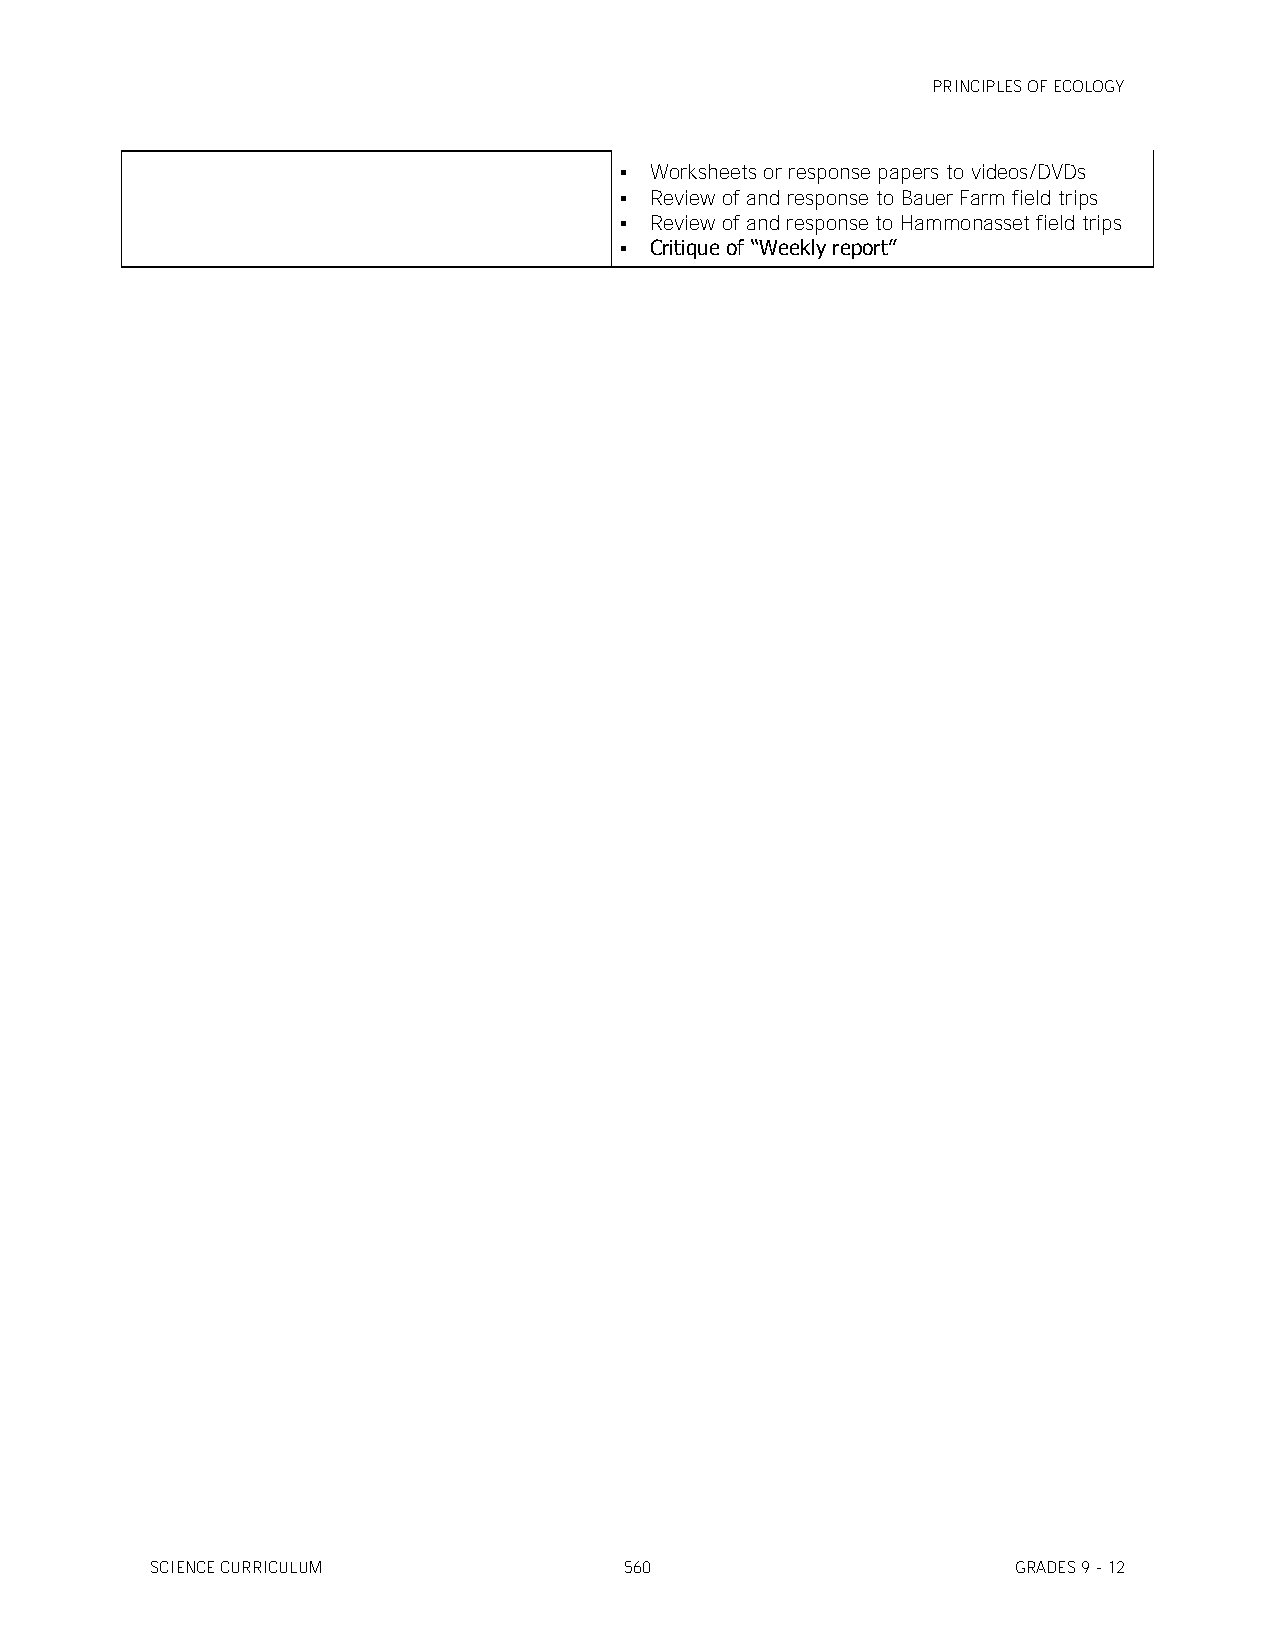
PRINCIPLES OF ECOLOGY
  Worksheets or response papers to videos/DVDs
  Review of and response to Bauer Farm field trips
  Review of and response to Hammonasset field trips
  Critique of ―Weekly report‖
 SCIENCE CURRICULUM             560                       GRADES 9 - 12